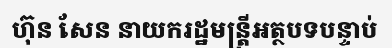
ហ៊ុន សែន នាយករដ្ឋមន្ត្រីអត្ថបទបន្ទាប់